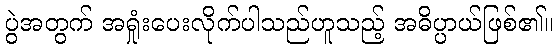
ပွဲအတွက် အရှုံးပေးလိုက်ပါသည်ဟူသည့် အဓိပ္ပာယ်ဖြစ်၏။